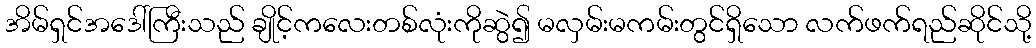
အိမ်ရှင်အဒေါ်ကြီးသည် ချိုင့်ကလေးတစ်လုံးကိုဆွဲ၍ မလှမ်းမကမ်းတွင်ရှိသော လက်ဖက်ရည်ဆိုင်သို့